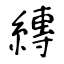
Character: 縳